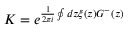
K = e ^ { \frac { 1 } { 2 \pi i } \oint d z \xi ( z ) G ^ { - } ( z ) }